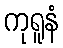
ကုရူနံ